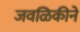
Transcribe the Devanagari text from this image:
जवळिकीने